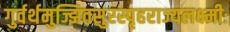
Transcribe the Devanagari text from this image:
गुर्वर्थमुज्झितसुरस्पृहराज्यलक्ष्मीः